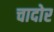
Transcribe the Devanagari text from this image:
चादोर